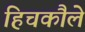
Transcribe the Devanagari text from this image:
हिचकौले